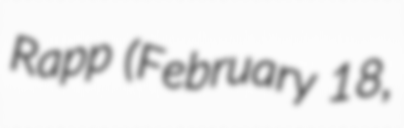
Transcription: Rapp (February 18,